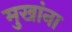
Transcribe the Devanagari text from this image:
मुखांना